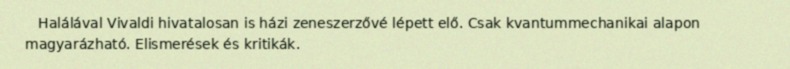
Halálával Vivaldi hivatalosan is házi zeneszerzővé lépett elő. Csak kvantummechanikai alapon magyarázható. Elismerések és kritikák.